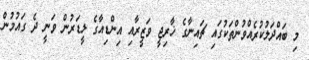
މި ބައްދަލުކުރެއްވުންތަކުގައި ޗައިނާގެ ޚާރިޖީ ވަޒީރާއި އިންޑިއާގެ ލީޑަރުން ވަނީ ދެ ގައުމުން